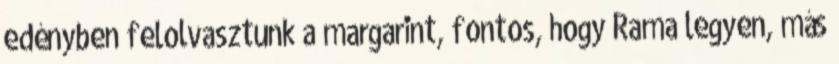
edényben felolvasztunk a margarint, fontos, hogy Rama legyen, más